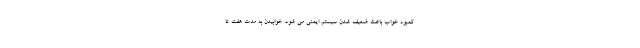
کمبود خواب باعث ضعیف شدن سیستم ایمنی می شود. خوابیدن به مدت هفت تا